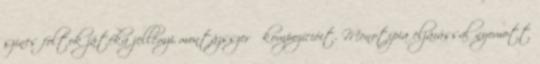
színes foltok játéka jellemzi montázsszerű kompozícióit. Monotípia eljárással nyomott